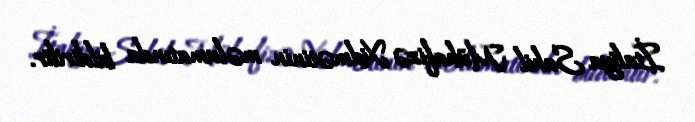
İtaliya Sahil Mühafizə Xidmətinin məlumatında bildirilir.